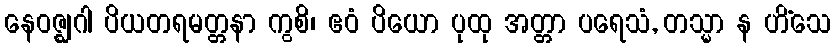
နေဝဇ္ဈဂါ ပိယတရမတ္တနာ ကွစိ၊ ဧဝံ ပိယော ပုထု အတ္တာ ပရေသံ, တသ္မာ န ဟိံသေ